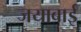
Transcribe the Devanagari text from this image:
जयाबाई